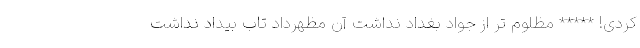
کردی! ***** مظلوم تر از جواد بغداد نداشت آن مظهرداد تاب بیداد نداشت